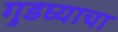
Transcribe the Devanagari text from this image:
गुडघ्याचा